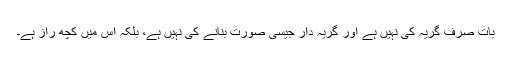
بات صرف گریہ کی نہیں ہے اور گریہ دار جیسی صورت بنانے کی نہیں ہے، بلکہ اس میں کچھ راز ہے۔